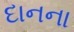
દાનના